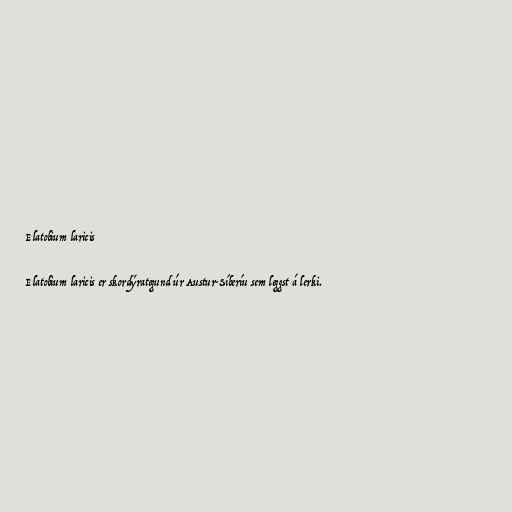
Elatobium laricis

Elatobium laricis er skordýrategund úr Austur-Síberíu sem leggst á lerki.